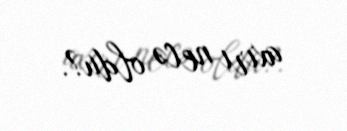
axırı necə oldu?.